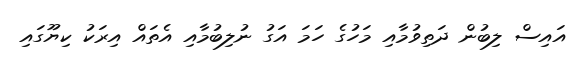
އައިސް ލިބުން ދަތިވުމާއި މަހުގެ ހަމަ އަގު ނުލިބުމާއި އެތައް އިރަކު ކިޔޫގައި